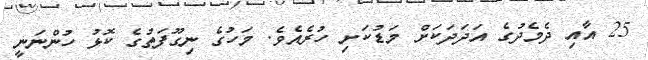
25 އާއި ދެމެދުގެ އަދަދަކަށް މަޑުކަށި ހުރެއެވެ. މަހުގެ ނިގޫފަތުގެ ކޮޅު ހުންނަނީ